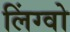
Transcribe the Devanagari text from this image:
लिंग्वो